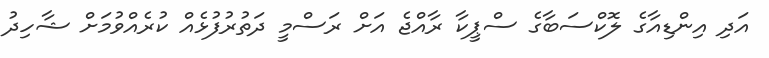
އަދި އިންޑިއާގެ ލޮކްސަބާގެ ސްޕީކާ ރާއްޖެ އަށް ރަސްމީ ދަތުރުފުޅެއް ކުރެއްވުމަށް ޝާހިދު